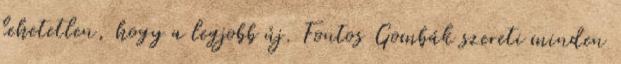
lehetetlen, hogy a legjobb új. Fontos Gombák szereti minden